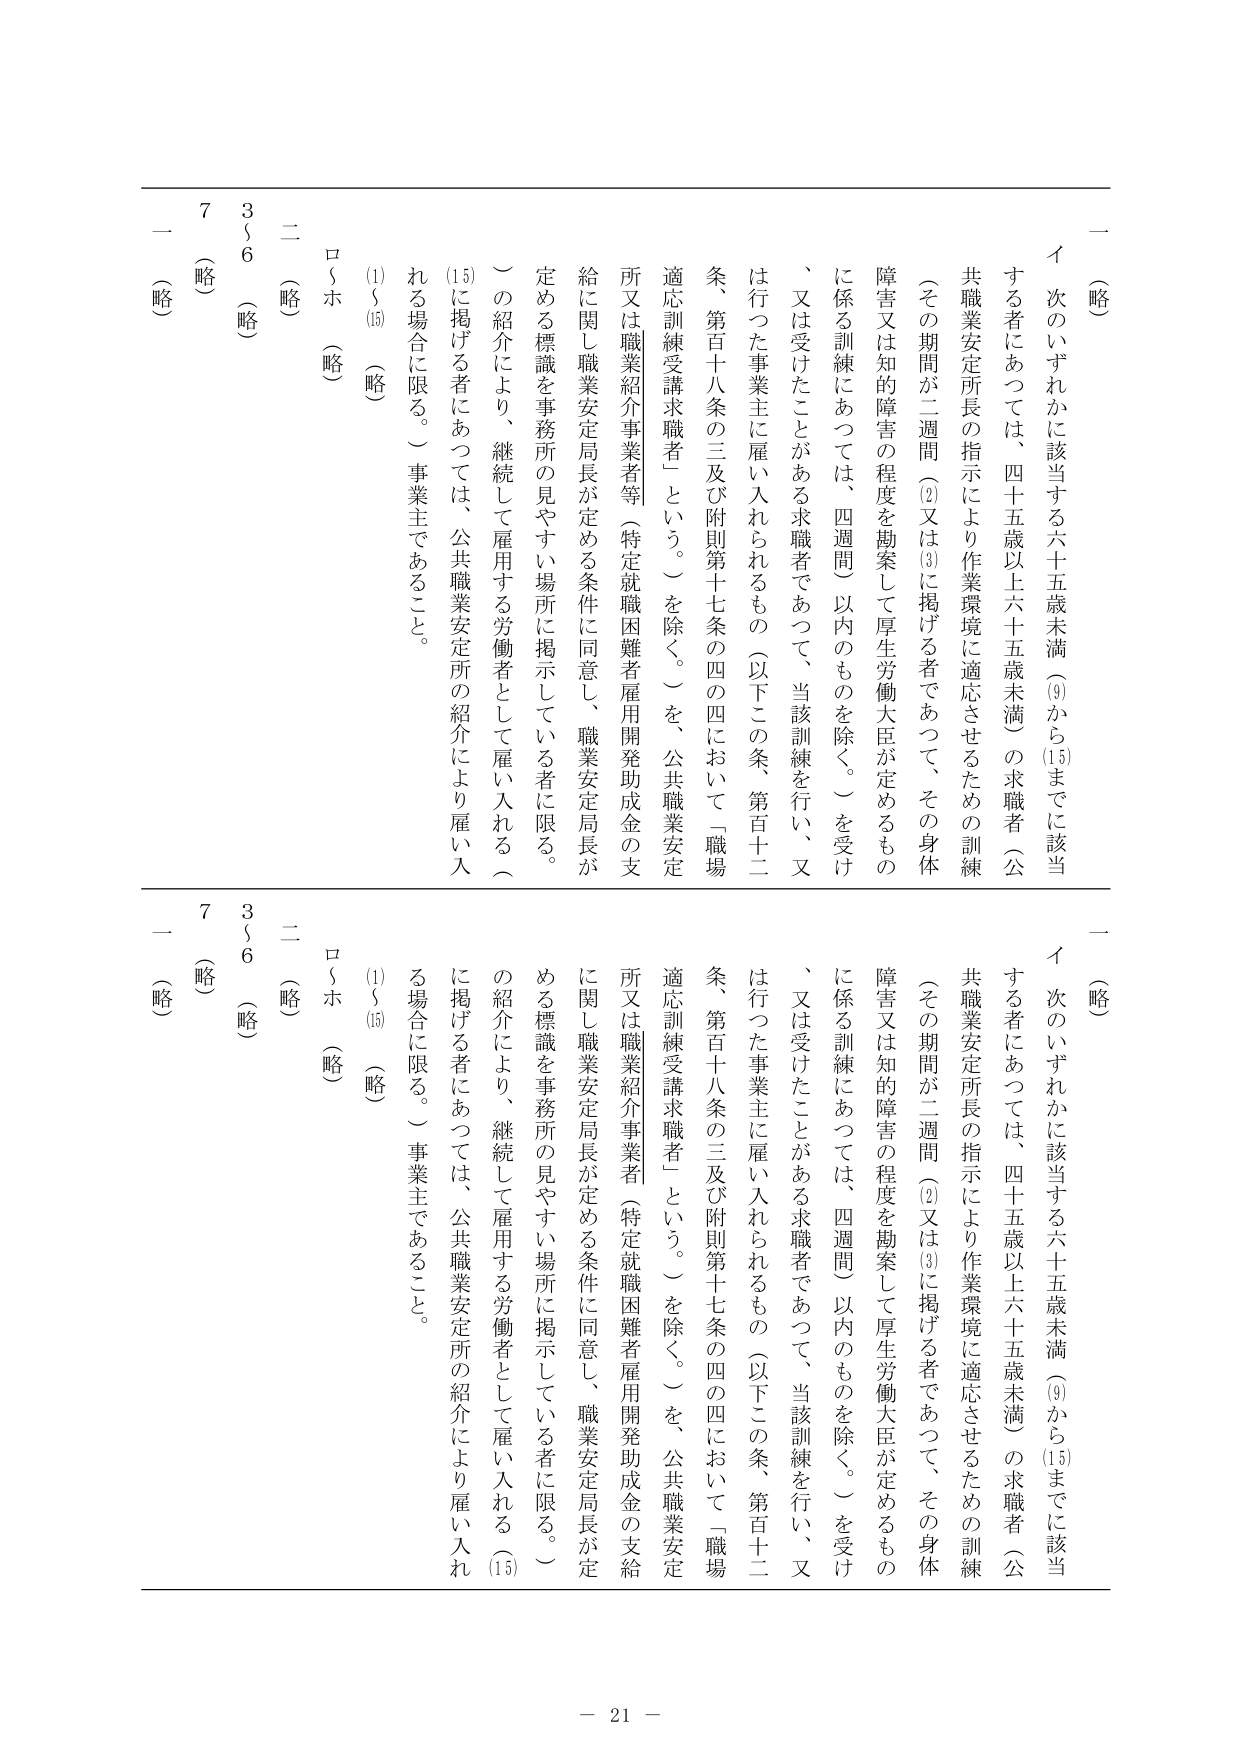
一（略）
イ 次のいずれかに該当する六十五歳未満（9から15までに該当する者にあっては、四十五歳以上六十五歳未満）の求職者（公共職業安定所長の指示により作業環境に適応させるための訓練（その期間が二週間（2）又は（3）に掲げる者であって、その身体障害又は知的障害の程度を勘案して厚生労働大臣が定めるものに係る訓練にあつては、四週間）以内のものを除く。）を受け、又は受けたことがある求職者であつて、当該訓練を行い、又は行った事業主に雇い入れられるもの（以下この条、第百十二条、第百十八条の三及び附則第十七条の四の四において「職場適応訓練受講求職者」という。）を除く。）を、公共職業安定所又は職業紹介事業者等（特定就職困難者雇用開発助成金の支給に関し職業安定局長が定める条件に同意し、職業安定局長が定める標識を事務所の見やすい場所に掲示している者に限る。）の紹介により、継続して雇用する労働者として雇い入れる（15）に掲げる者にあっては、公共職業安定所の紹介により雇い入れる場合に限る。）事業主であること。

ロ～ホ（略）
（1）～（15）（略）
二（略）
3～6（略）
7（略）
一（略）

一（略）
イ 次のいずれかに該当する六十五歳未満（9から15までに該当する者にあっては、四十五歳以上六十五歳未満）の求職者（公共職業安定所長の指示により作業環境に適応させるための訓練（その期間が二週間（2）又は（3）に掲げる者であって、その身体障害又は知的障害の程度を勘案して厚生労働大臣が定めるものに係る訓練にあつては、四週間）以内のものを除く。）を受け、又は受けたことがある求職者であつて、当該訓練を行い、又は行った事業主に雇い入れられるもの（以下この条、第百十二条、第百十八条の三及び附則第十七条の四の四において「職場適応訓練受講求職者」という。）を除く。）を、公共職業安定所又は職業紹介事業者（特定就職困難者雇用開発助成金の支給に関し職業安定局長が定める条件に同意し、職業安定局長が定める標識を事務所の見やすい場所に掲示している者に限る。）の紹介により、継続して雇用する労働者として雇い入れる（15）に掲げる者にあっては、公共職業安定所の紹介により雇い入れる場合に限る。）事業主であること。

ロ～ホ（略）
（1）～（15）（略）
二（略）
3～6（略）
7（略）
一（略）

－ 21 －